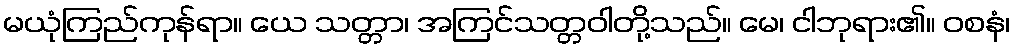
မယုံကြည်ကုန်ရာ။ ယေ သတ္တာ၊ အကြင်သတ္တဝါတို့သည်။ မေ၊ ငါဘုရား၏။ ဝစနံ၊